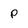
Character: p